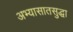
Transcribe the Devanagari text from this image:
अभ्यासातसुद्धा